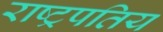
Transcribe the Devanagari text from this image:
राष्ट्रपतिय